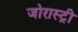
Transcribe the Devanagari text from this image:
जोरास्ट्री